Lunatic asylums Central Provinces reports 1874-1885 - 1874-1885
Year: 1874
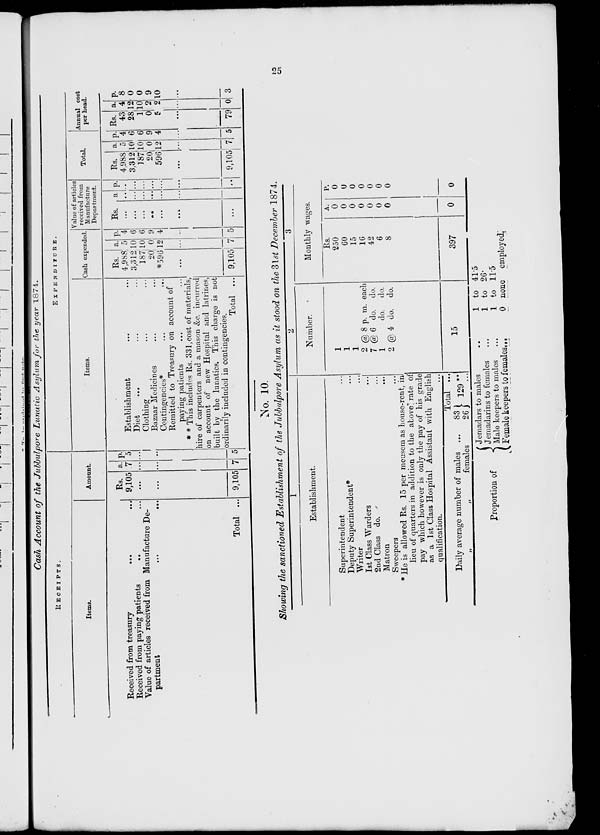
25
Cash Account of the Jubbulpore Lunatic Asylum for the year 1874.
RECEIPTS.
Items.
Received from treasury
...
...
Received from paying patients ... ...
Value of articles received from Manufacture De-
partment ... ...
Total ...
Amount.
Rs.
9,105
...
...
9,105
a.
7
...
...
7
p.
5
...
...
5
EXPENDITURE.
Items.
Establishment ... ...
Diet ... ... ...
Clothing ... ...
Bazaar Medicines ... ...
Contingencies*
...
...
Remitted to Treasury on account of
paying patients ... ...
* * This includes Rs. 331,cost of materials,
hire of carpenters and a mason &c. incurred
on account of new Hospital and latrines,
built by the lunatics. This charge is not
ordinarily included in contingencies.
Total ...
Cash expended.
Rs.
4,988
3,312
187
20
*596
...
9,105
a.
5
10
10
0
12
...
7
p.
4
6
6
9
4
...
5
Value of articles
received from
Manufacture
Department.
Rs.
...
...
...
..
...
...
...
a
...
...
...
...
...
...
...
p.
..
...
...
...
...
...
...
Total.
Rs.
4,988
3,312
187
20
596
...
9,105
a.
5
10
10
0
12
...
7
p.
4
6
6
9
4
...
5
Annual cost
per head.
Rs.
43
28
1
0
5
...
79
a.
4
12
10
2
2
...
0
p.
8
0
0
9
10
...
3
No. 10.
Showing the sanctioned Establishment of the Jubbulpore Asylum as it stood on the 31st December 1874.
1
Establishment.
Superintendent ...
Deputy Superintendent* ...
Writer ...
1st Class Warders ...
2nd Class do. ...
Matron
...
...
Sweepers ...
* He is allowed Rs. 15 per meusem as house-rent, in
lieu of quarters in addition to the above rate of
pay which however is only the pay of his grade
as a 1st Class Hospital Assistant with English
qualification.
Total ...
Daily average number of males ...
83
„
„
females
26
129
2
Number.
1
1
1
2 @ 8 p. m. each
7 @ 6 do. do.
1
do. do.
2 @ 4 do. do.
15
3
Monthly wages.
RS.
250
60
15
16
42
6
8
397
A.
0
0
0
0
0
0
0
0
P.
0
0
0
0
0
0
0
0
Proportion of
Jemadars to males ...
Jemadarins to females ...
Male keepers to males ...
Female keepers to females ...
1 to 41.5
1 to 26.
1 to 11.5
0 none
employed